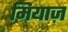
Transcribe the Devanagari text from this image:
मियाज़